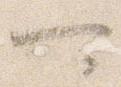
可